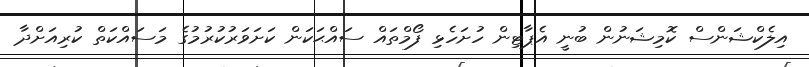
އިލެކްޝަންސް ކޮމިޝަނުން ބުނީ އެޕާޓިން ހުށަހެޅި ފޯމްތައް ސައްޙަކަން ކަށަވަރުކުރުމުގެ މަސައްކަތް ކުރިއަށްދާ